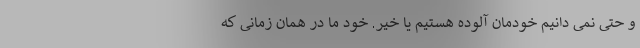
و حتی نمی دانیم خودمان آلوده هستیم یا خیر. خود ما در همان زمانی که